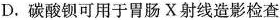
D.碳酸钡可用于胃肠X射线造影检查